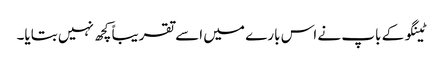
ٹینگو کے باپ نے اس بارے میں اسے تقریباً کچھ نہیں بتایا۔